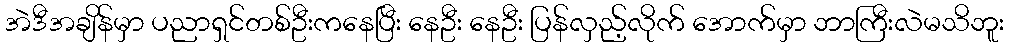
အဲဒီအချိန်မှာ ပညာရှင်တစ်ဦးကနေပြီး နေဦး နေဦး ပြန်လှည့်လိုက် အောက်မှာ ဘာကြီးလဲမသိဘူး